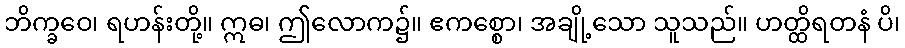
ဘိက္ခဝေ၊ ရဟန်းတို့။ ဣဓ၊ ဤလောက၌။ ဧကစ္စော၊ အချို့သော သူသည်။ ဟတ္ထိရတနံ ပိ၊